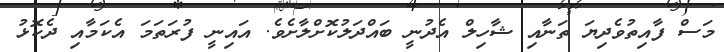
މަސް ފާއިތުވެދިޔަ ތަނާއި ޝާހިލް އެދުނީ ބައްދަލުކޮށްލާށެވެ. އައިނީ ފުރަތަމަ އެކަމާއި ދެކޮޅު